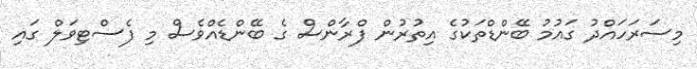
މިސަރަހައްދު ގައުމު ބޭންޑްތަކުގެ އިތުރުން ފްރާންސް ގެ ބޭންޑެއްވެސް މި ފެސްޓިވަލް ގައި